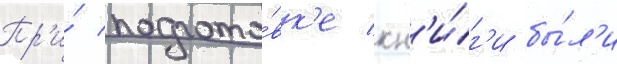
Пр'и́ подгото́вк'е кн'и́г'и бы́л'и